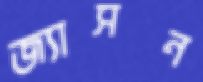
জ্যাসন